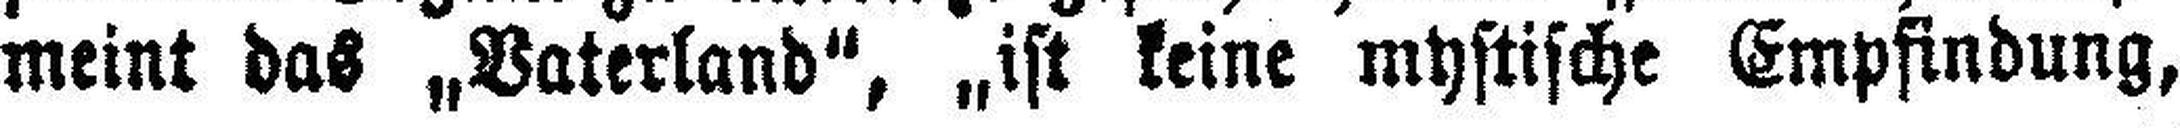
meint das „Vaterland", „ist keine mystische Empfindung,